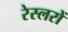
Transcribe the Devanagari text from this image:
रेस्लरों